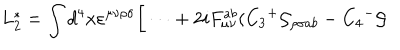
L _ { 2 } ^ { * } = \int d ^ { 4 } x \varepsilon ^ { \mu \nu \rho \sigma } \bigg [ \dots + 2 i F _ { \mu \nu } ^ { a b } ( C _ { 3 } { ^ + } { \cal G } _ { \rho \sigma a b } - C _ { 4 } { ^ - } { \cal G }